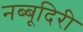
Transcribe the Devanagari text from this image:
नब्‍बूदिरी